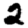
Digit: 2